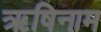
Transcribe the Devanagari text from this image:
ऋषिनाम